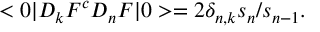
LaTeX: < 0 | D _ { k } F ^ { c } D _ { n } F | 0 > = 2 \delta _ { n , k } s _ { n } / s _ { n - 1 } .